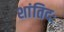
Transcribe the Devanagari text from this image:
शांतिदः